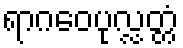
ရာဂဝေပုလ္လတ္တံ